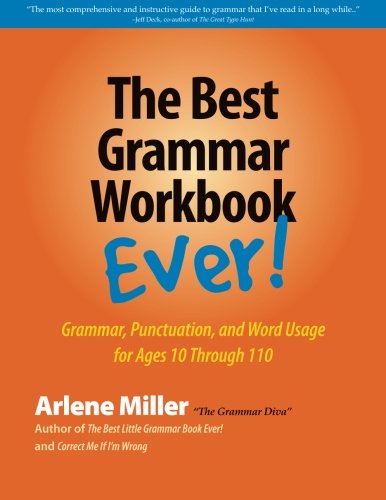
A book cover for The Best Grammar Workbook Ever!: Grammar, Punctuation, and Word Usage for Ages 10 Through 110; Arlene Miller; Reference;